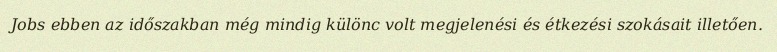
Jobs ebben az időszakban még mindig különc volt megjelenési és étkezési szokásait illetően.